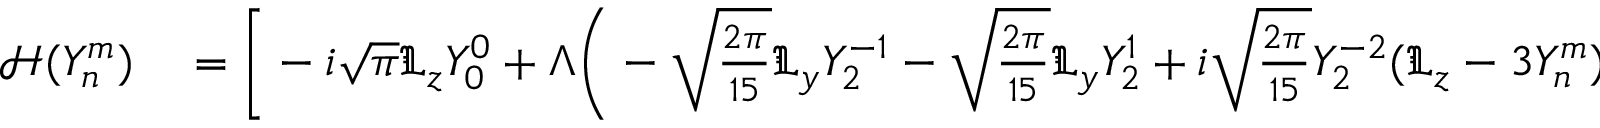
\begin{array} { r l } { \mathcal { H } ( Y _ { n } ^ { m } ) } & { { } = \Bigg [ - i \sqrt { \pi } \mathfrak { L } _ { z } Y _ { 0 } ^ { 0 } + \Lambda \Bigg ( - \sqrt { \frac { 2 \pi } { 1 5 } } \mathfrak { L } _ { y } Y _ { 2 } ^ { - 1 } - \sqrt { \frac { 2 \pi } { 1 5 } } \mathfrak { L } _ { y } Y _ { 2 } ^ { 1 } + i \sqrt { \frac { 2 \pi } { 1 5 } } Y _ { 2 } ^ { - 2 } ( \mathfrak { L } _ { z } - 3 Y _ { n } ^ { m } ) + i \sqrt { \frac { 2 \pi } { 1 5 } } Y _ { 2 } ^ { 2 } ( \mathfrak { L } _ { z } + 3 Y _ { n } ^ { m } ) } \end{array}